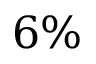
6 \%